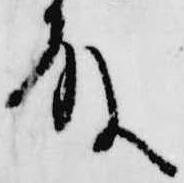
殿